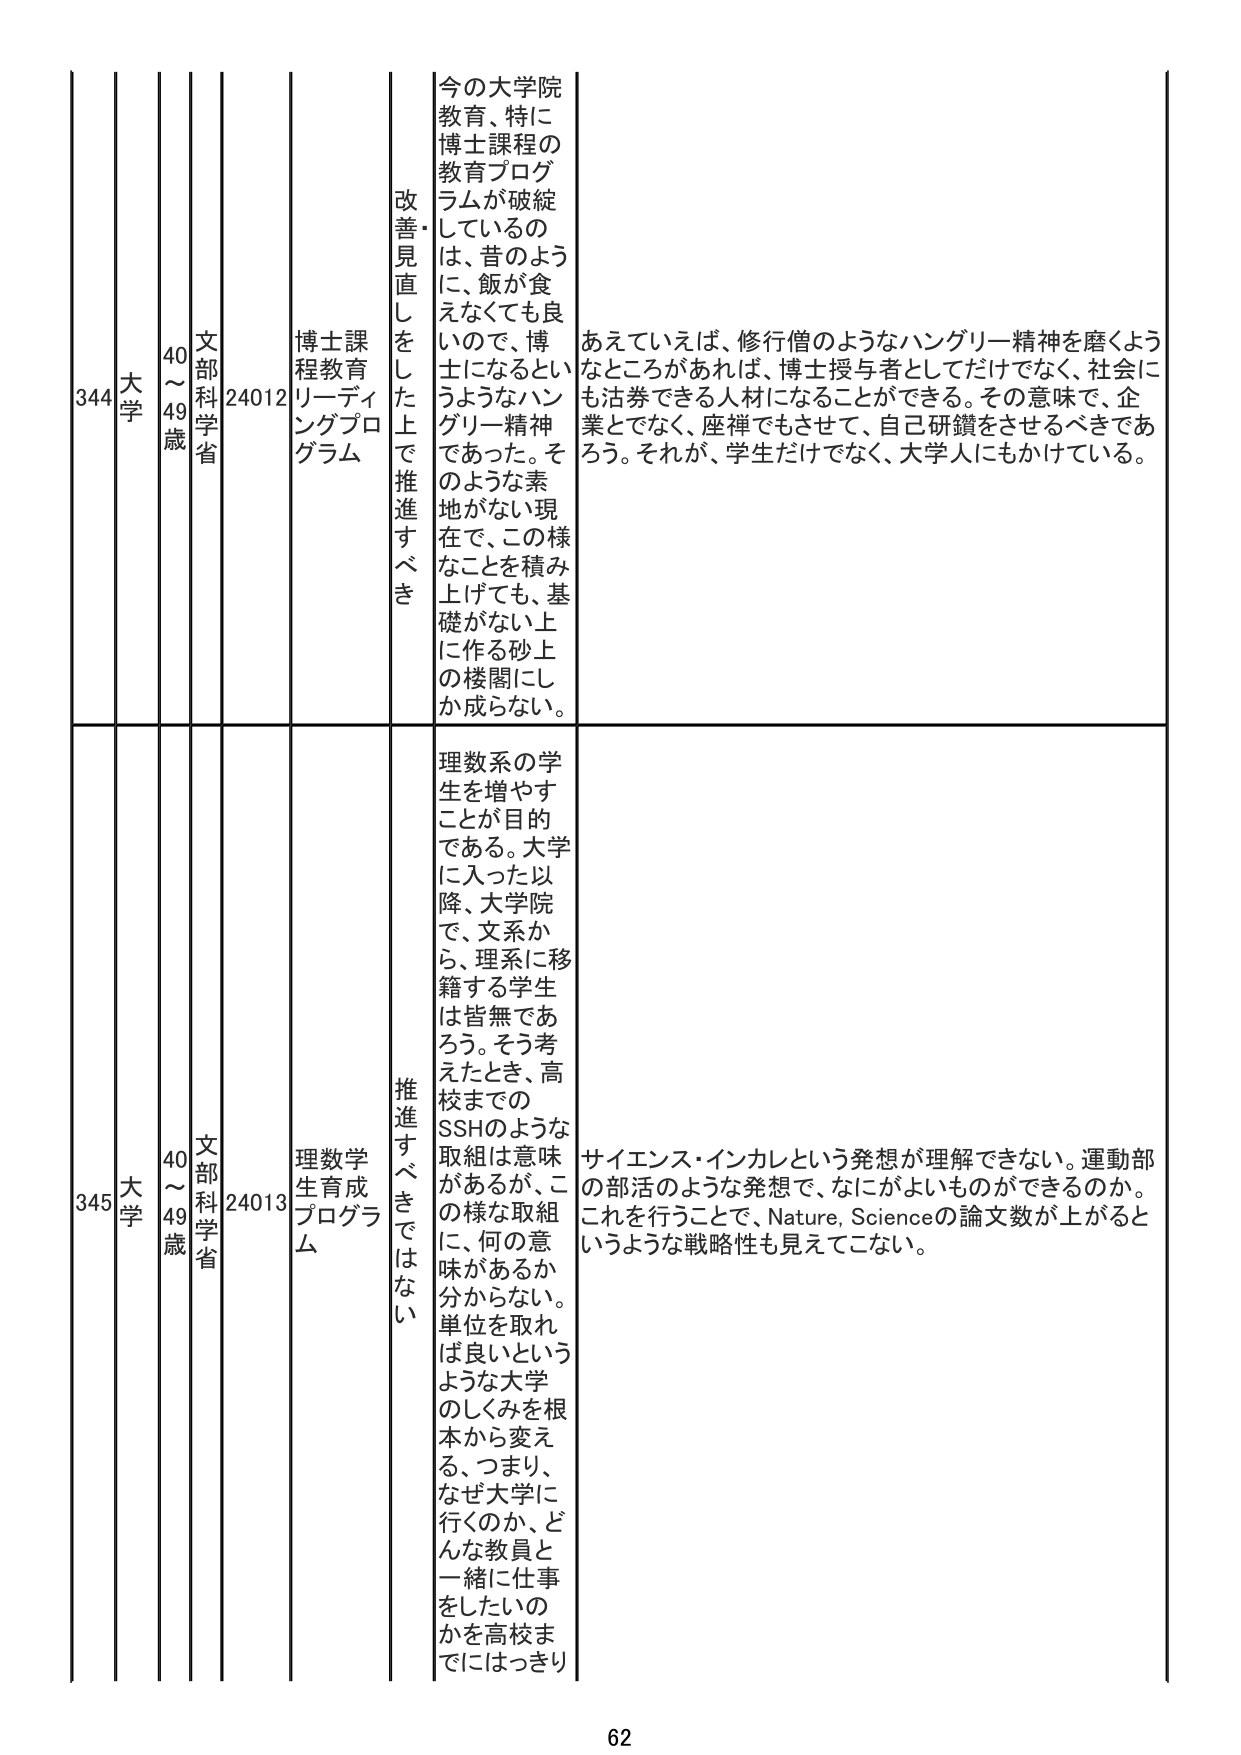
344 大学 40～49歳 文部科学省 24012 博士課程教育リーディングプログラム 改善・見直しをした上で推進すべき 今の大学院教育、特に博士課程の教育プログラムが破綻しているのは、昔のように、飯が食えなくても良いので、博士になるというようなハングリー精神であった。そのような素地がない現在で、この様なことを積み上げても、基礎がない上に作る砂上の楼閣にしか成らない。 あえていえば、修行僧のようなハングリー精神を磨くようなところがあれば、博士授与者としてだけでなく、社会にも活券できる人材になることができる。その意味で、企業とでなく、座禅でもさせて、自己研鑽をさせるべきであろう。それが、学生だけでなく、大学人にもかけている。

345 大学 40～49歳 文部科学省 24013 理数学生育成プログラム 推進すべきではない 理数系の学生を増やすことが目的である。大学に入った以降、大学院で、文系から、理系に移籍する学生は皆無であろう。そう考えたとき、高校までのSSHのような取組は意味があるが、この様な取組に、何の意味があるか分からない。単位を取れば良いというような大学のしくみを根本から変える、つまり、なぜ大学に行くのか、どんな教員と一緒に仕事をしたいのかを高校までにはっきり サイエンス・インカレという発想が理解できない。運動部の部活のような発想で、なにがよいものができるのか。これを行うことで、Nature, Scienceの論文数が上がると いうような戦略性も見えてこない。

62